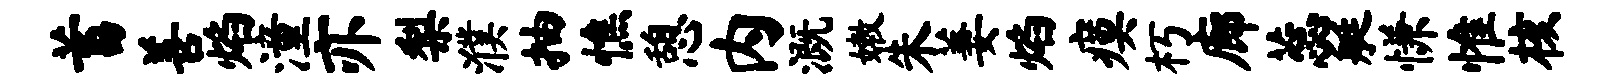
蓄善焰潼亦梨濮抽憔憩内溉嫩朱萋焰瘼朽廊蕊艇慊惟核